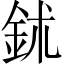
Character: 鉥